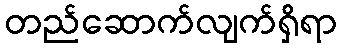
တည်ဆောက်လျက်ရှိရာ